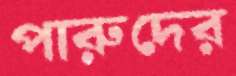
পারুদের